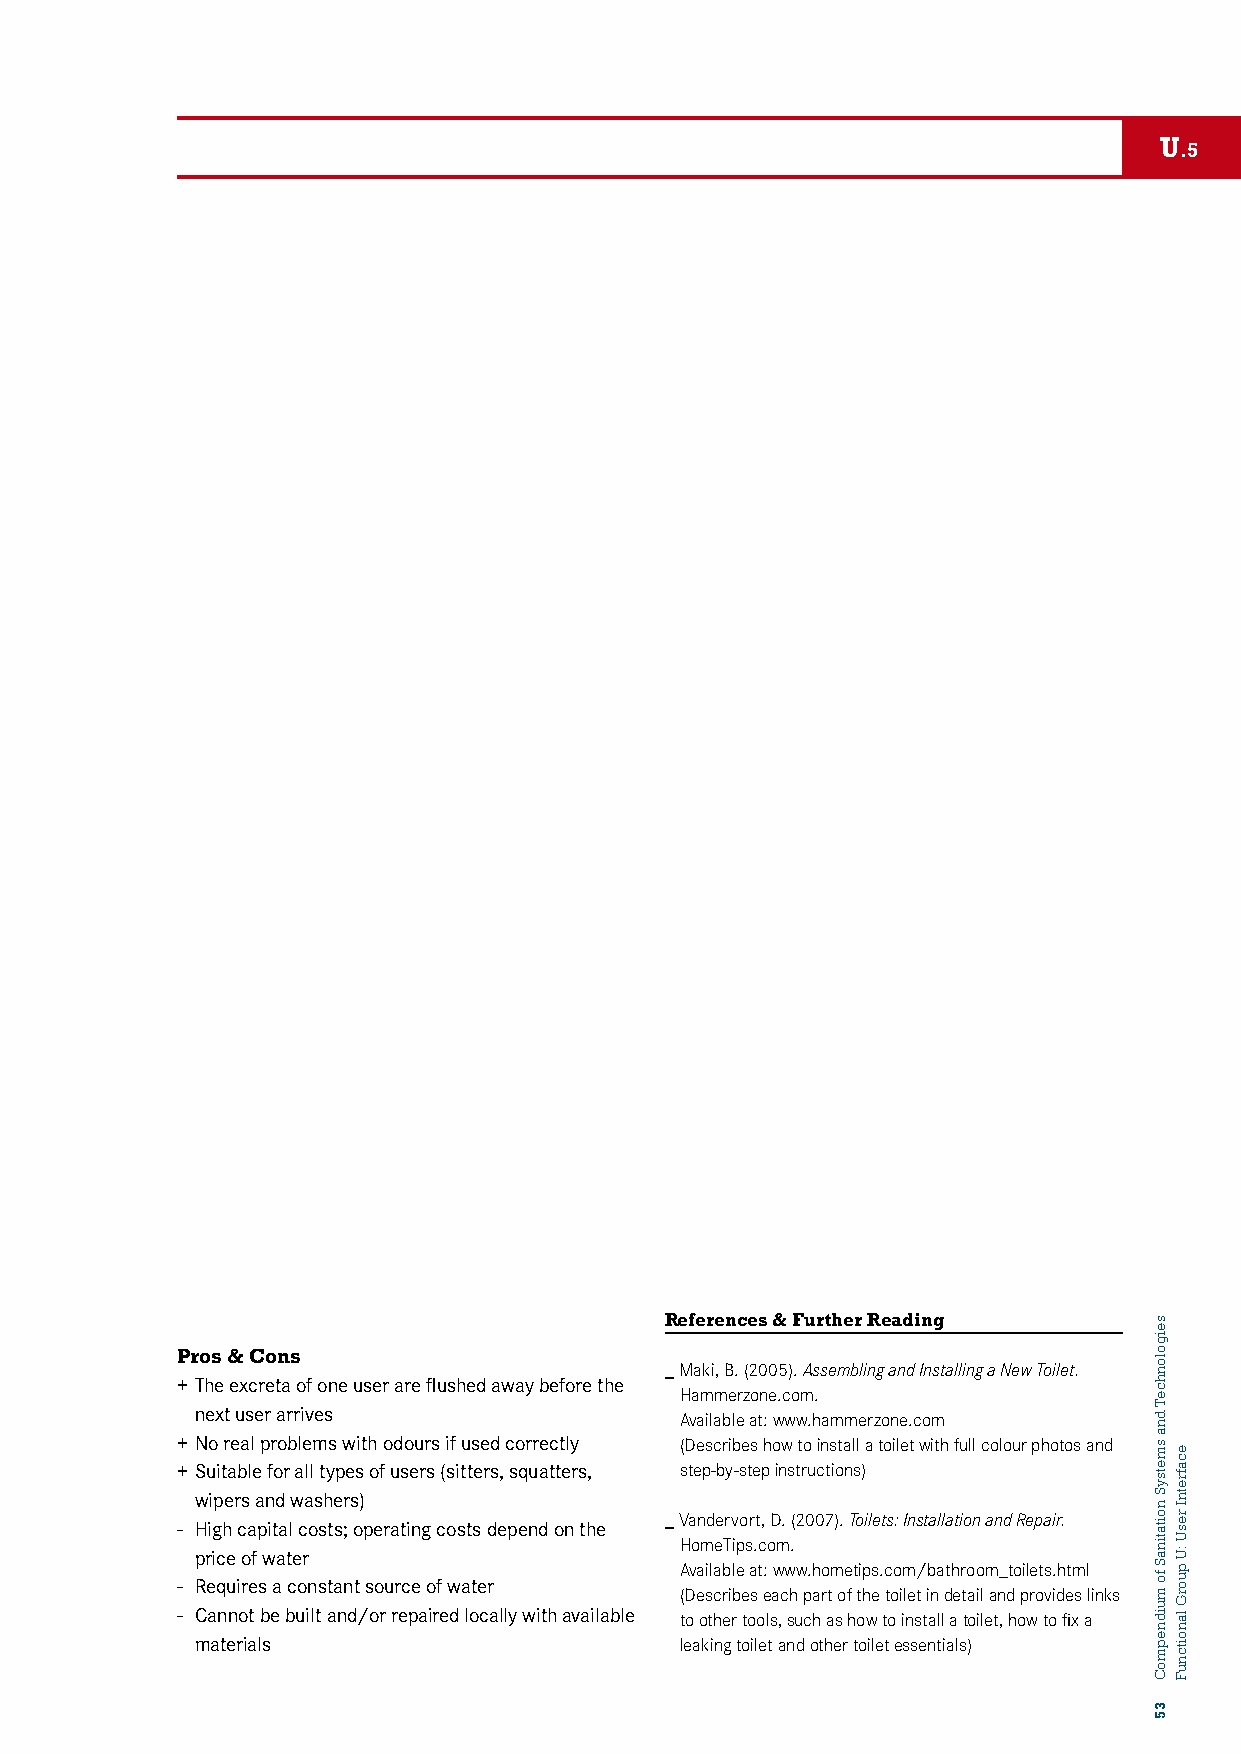
U
 .5
 References & Further Reading
 Pros & Cons
 _ Maki, B. (2005). Assembling and Installing a New Toilet.
 + The excreta of one user are flushed away before the
 Hammerzone.com.
 next user arrives               Available at: www.hammerzone.com
 + No real problems with odours if used correctly (Describes how to install a toilet with full colour photos and
 + Suitable for all types of users (sitters, squatters, step-by-step instructions)
 wipers and washers)
 _ Vandervort, D. (2007). Toilets: Installation and Repair.
 - High capital costs; operating costs depend on the
 HomeTips.com.
 price of water
 Available at: www.hometips.com/bathroom_toilets.html
 - Requires a constant source of water
 (Describes each part of the toilet in detail and provides links
 - Cannot be built and/or repaired locally with available to other tools, such as how to install a toilet, how to fix a
 materials                       leaking toilet and other toilet essentials)
 seigolonhceT
 dna
 smetsyS
 noitatinaS
 fo
 muidnepmoC
 35
 ecafretnI
 resU
 :U
 puorG
 lanoitcnuF